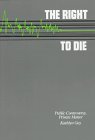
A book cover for Right To Die (Issue & Debate); Kathryn Gay; Teen & Young Adult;